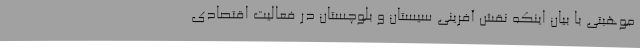
موهبتی با بیان اینکه نقش آفرینی سیستان و بلوچستان در فعالیت اقتصادی